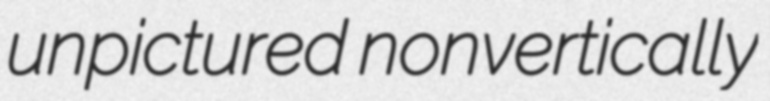
unpictured nonvertically